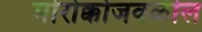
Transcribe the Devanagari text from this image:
मोरोक्कोजवळील